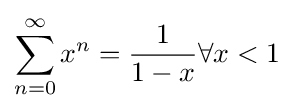
\sum _{n=0}^{\infty }x^{n}={\frac {1}{1-x}}\forall x<1